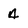
Character: 4